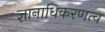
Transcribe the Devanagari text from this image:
ज्ञानाधिकरणत्व